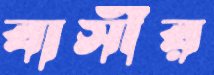
বাসীর